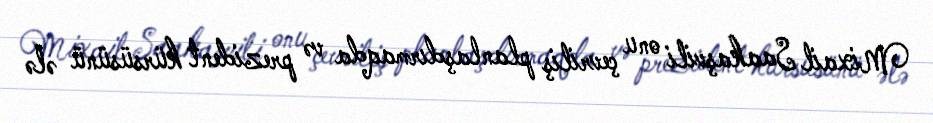
Mixail Saakaşvili onu çevriliş planlaşdırmaqda və prezident kürsüsünü ələ